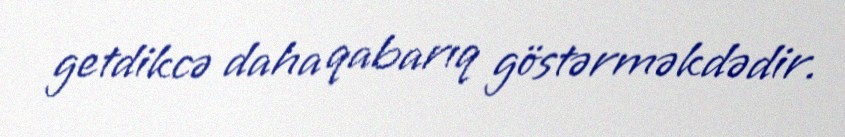
getdikcə daha qabarıq göstərməkdədir.